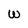
Character: W